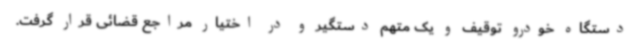
دستگاه خودرو توقیف و یک متهم دستگیر و در اختیار مراجع قضائی قرار گرفت.